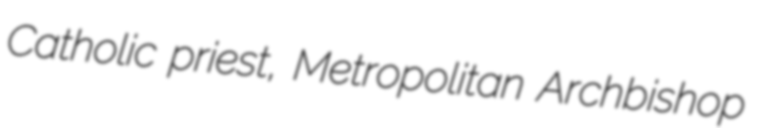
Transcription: Catholic priest, Metropolitan Archbishop